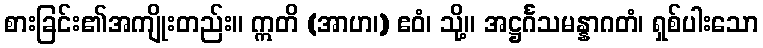
စားခြင်း၏အကျိုးတည်း။ ဣတိ (အာဟ၊) ဧဝံ၊ သို့။ အဋ္ဌင်္ဂသမန္နာဂတံ၊ ရှစ်ပါးသော